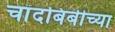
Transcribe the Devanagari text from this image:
चांदबिबीच्या